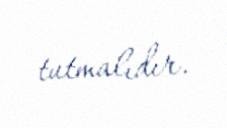
tutmalıdır.